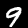
Digit: 9